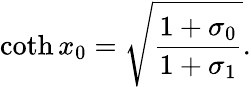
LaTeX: \coth x_{0}=\sqrt{\frac{1+\sigma_{0}}{1+\sigma_{1}}}.